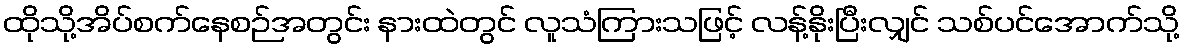
ထိုသို့အိပ်စက်နေစဉ်အတွင်း နားထဲတွင် လူသံကြားသဖြင့် လန့်နိုးပြီးလျှင် သစ်ပင်အောက်သို့